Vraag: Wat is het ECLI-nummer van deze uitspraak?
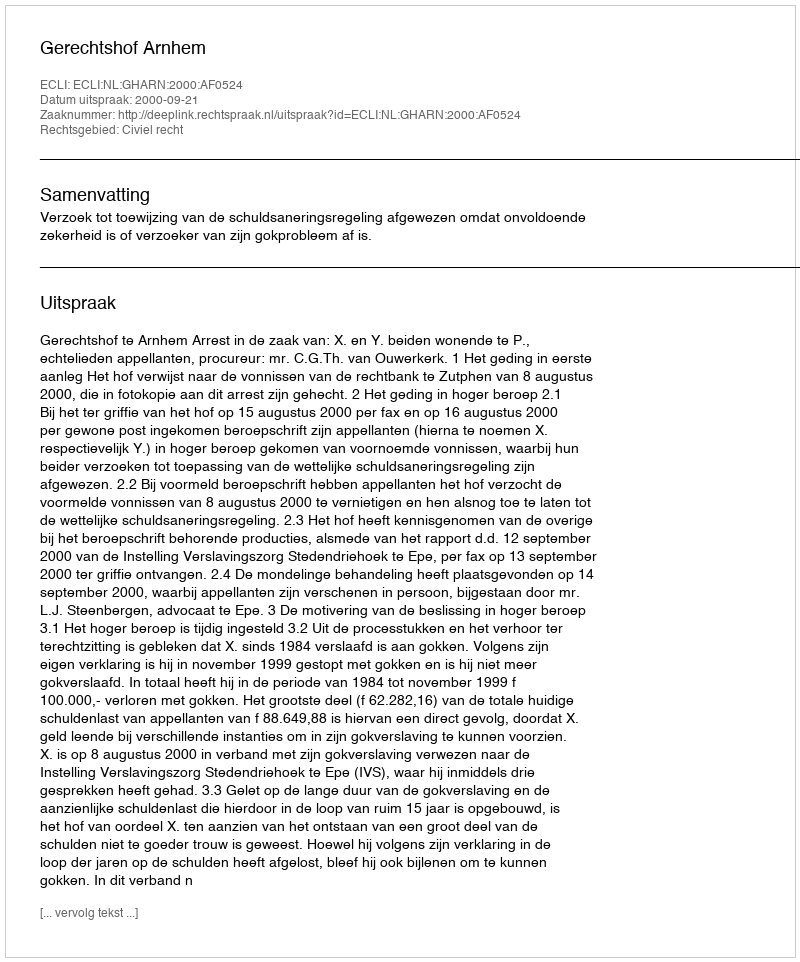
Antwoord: ECLI:NL:GHARN:2000:AF0524